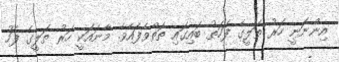
އިންނަނީ ހަރު ތަލީގެ ފަހަތު ބައިގައި ތަތްވެފައެެވެ. މާނައަކީ ހަރު ތަލީގެ ފަހު